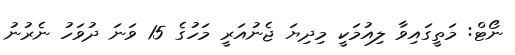
ނޯޓް: މަތީގައިވާ ލިއުމަކީ މިދިޔަ ޖެނުއަރީ މަހުގެ 15 ވަނަ ދުވަހު ނެރުނު